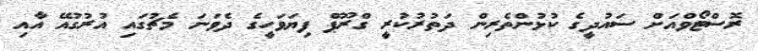
ރޮސްޓޯވްއަށް ސައުދީގެ ކުޅުންތެރިން ދަތުރުކުރީ ގްރޫޕް ފިޔަވަހީގެ ދެވަނަ މެޗުގައި އުރުގުއޭ އާއި